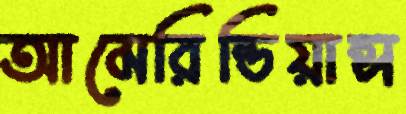
আমেরিন্ডিয়ান্স